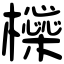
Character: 㰑